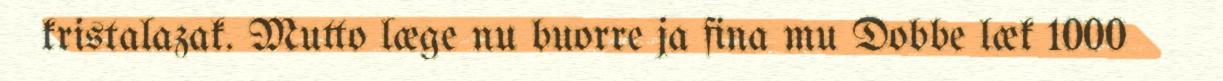
kristalazak. Mutto læge nu buorre ja fina mu Dobbe læk 1000